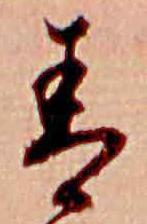
青